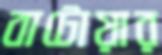
বাটোয়ার